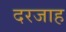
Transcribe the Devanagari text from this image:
दरजाह